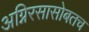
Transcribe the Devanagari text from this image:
अग्निरसासोबतच